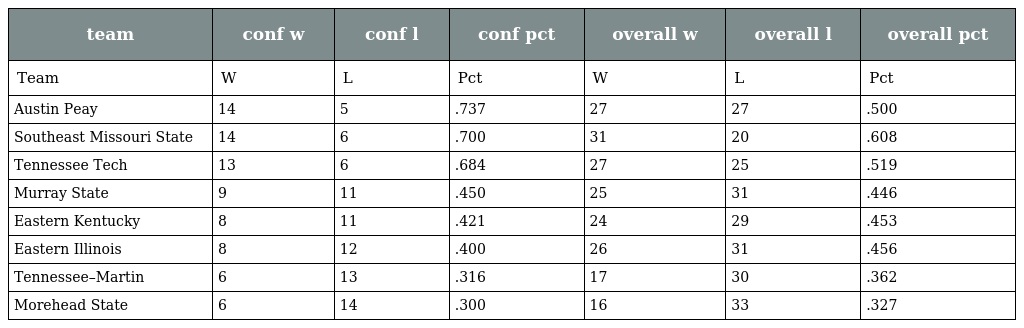
| team | conf w | conf l | conf pct | overall w | overall l | overall pct |
 | --- | --- | --- | --- | --- | --- | --- |
 | Team | W | L | Pct | W | L | Pct |
 | Austin Peay | 14 | 5 | .737 | 27 | 27 | .500 |
 | Southeast Missouri State | 14 | 6 | .700 | 31 | 20 | .608 |
 | Tennessee Tech | 13 | 6 | .684 | 27 | 25 | .519 |
 | Murray State | 9 | 11 | .450 | 25 | 31 | .446 |
 | Eastern Kentucky | 8 | 11 | .421 | 24 | 29 | .453 |
 | Eastern Illinois | 8 | 12 | .400 | 26 | 31 | .456 |
 | Tennessee–Martin | 6 | 13 | .316 | 17 | 30 | .362 |
 | Morehead State | 6 | 14 | .300 | 16 | 33 | .327 |